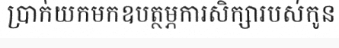
ប្រាក់យកមកឧបត្ថម្ភការសិក្សារបស់កូន